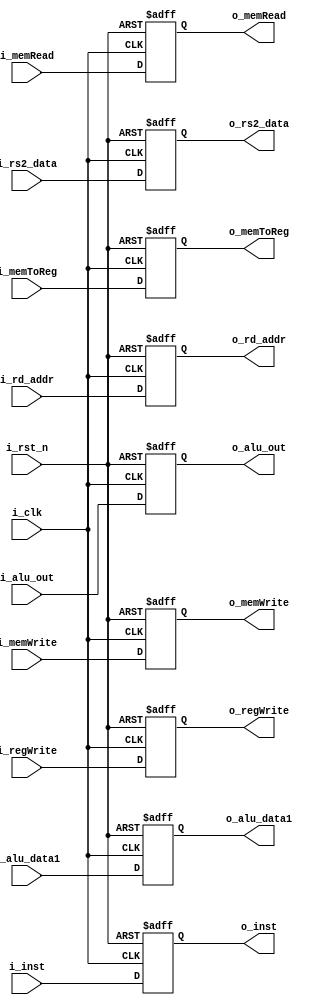
module EXMEM #(
    parameter DATA_W = 64
)(
    input                       i_clk,
    input                       i_rst_n,
    input                       i_memRead,
    input                       i_memToReg,
    input                       i_memWrite,
    input                       i_regWrite,
    input [DATA_W-1:0]          i_alu_out,
    input [DATA_W-1:0]          i_rs2_data,
    input [4:0]                 i_rd_addr,
    input [DATA_W-1:0]          i_alu_data1,
    input [31:0]                i_inst,

    output reg                  o_memRead,
    output reg                  o_memToReg,
    output reg                  o_memWrite,
    output reg                  o_regWrite,
    output reg [DATA_W-1:0]     o_alu_out,
    output reg [DATA_W-1:0]     o_rs2_data,
    output reg [4:0]            o_rd_addr,
    output reg [DATA_W-1:0]     o_alu_data1,
    output reg [31:0]           o_inst
);

    always @(posedge i_clk or negedge i_rst_n) begin
        if(~i_rst_n) begin
            o_memRead   <= 1'b0;
            o_memToReg  <= 1'b0;
            o_memWrite  <= 1'b0;
            o_regWrite  <= 1'b0;
            o_alu_out   <= 64'b0;
            o_rs2_data  <= 64'b0;
            o_rd_addr   <= 5'b0;
            o_alu_data1 <= 64'b0;
            o_inst      <= 32'b0;
        end else begin
            o_memRead   <= i_memRead;
            o_memToReg  <= i_memToReg;
            o_memWrite  <= i_memWrite;
            o_regWrite  <= i_regWrite;
            o_alu_out   <= i_alu_out;
            o_rs2_data  <= i_rs2_data;
            o_rd_addr   <= i_rd_addr;
            o_alu_data1 <= i_alu_data1;
            o_inst      <= i_inst;
        end
        // $display("EXMEM: inst: %b\nmemRead: %d, memWrite: %d, o_alu_out: %d\n", i_inst, i_memRead, i_memWrite, i_alu_out);
    end
    
endmodule